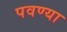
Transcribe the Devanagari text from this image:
पवण्या